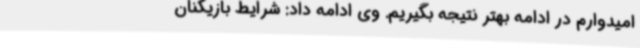
امیدوارم در ادامه بهتر نتیجه بگیریم. وی ادامه داد: شرایط بازیکنان